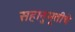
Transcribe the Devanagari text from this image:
सहानुभूतीचे